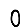
Digit: 0